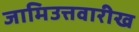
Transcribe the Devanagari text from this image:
जामिउत्तवारीख